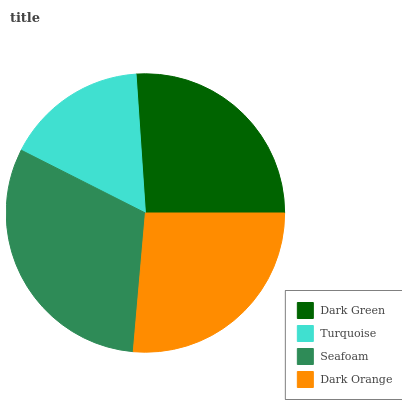
| Dark Green | Turquoise | Seafoam | Dark Orange |
 | --- | --- | --- | --- |
 | 26.1% | 16.5% | 31% | 26.4% |